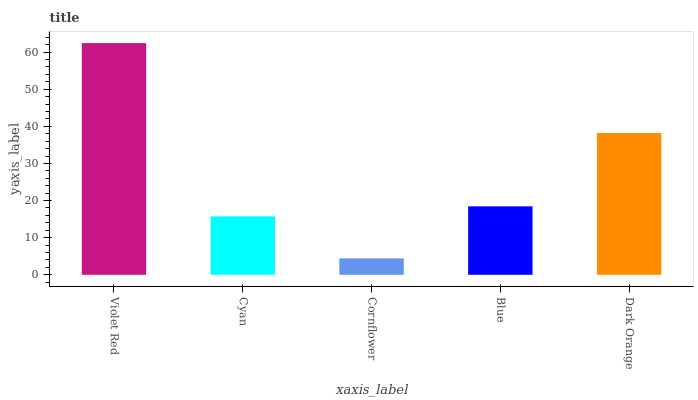
| xaxis_label | bars |
 | --- | --- |
 | Violet Red | 62.4 |
 | Cyan | 15.7 |
 | Cornflower | 4.43 |
 | Blue | 18.4 |
 | Dark Orange | 38.2 |